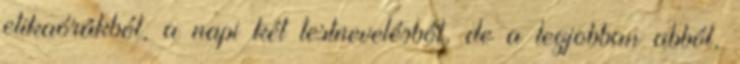
etikaórákból, a napi két testnevelésből, de a legjobban abból,